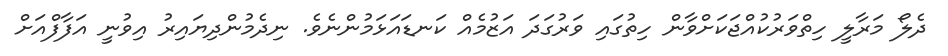
ދެލޯ މަރާލީ ހިތްވަރުކުއްޖަކަށްވާން ހިތުގައި ވަރުގަދަ އަޒުމެއް ކަނޑައަޅަމުންނެވެ. ނިދެމުންދިޔައިރު އިވުނީ އަފާފްއަށް